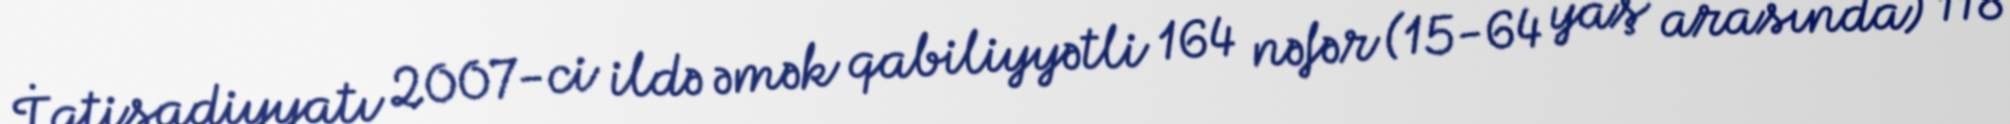
İqtisadiyyatı 2007-ci ildə əmək qabiliyyətli 164 nəfər (15-64 yaş arasında) 118